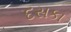
દસકા